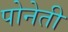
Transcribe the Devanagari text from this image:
पोनेती